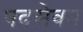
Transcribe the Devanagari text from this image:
पदसेवन